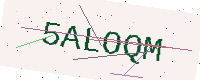
Text: 5ALOQM